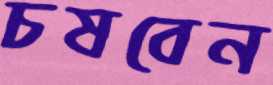
চষবেন